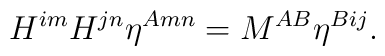
H^{im}H^{jn}\eta^{Amn} = {M}^{AB}\eta^{Bij}.